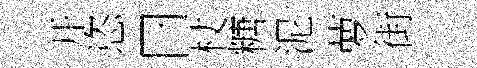
开恣曰杖糖泥萝街